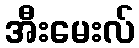
အီးမေးလ်